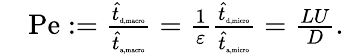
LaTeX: \begin{array}{rl}&{\mathrm{Pe}:=\frac{\hat{t}_{\tiny{\mathrm{d,macro}}}}{\hat{t}_{\tiny{\mathrm{a,macro}}}}=\frac{1}{\varepsilon}\frac{\hat{t}_{\tiny{\mathrm{d,micro}}}}{\hat{t}_{\tiny{\mathrm{a,micro}}}}=\frac{LU}{D}.}\end{array}